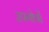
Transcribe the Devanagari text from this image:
उपगोत्रों